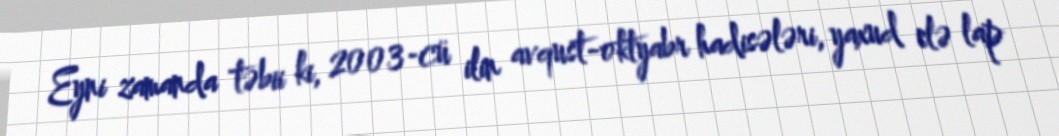
Eyni zamanda təbii ki, 2003-cü ilin avqust-oktyabr hadisələri, yaxud elə lap